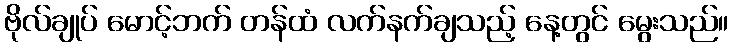
ဗိုလ်ချုပ် မောင့်ဘက် တန်ထံ လက်နက်ချသည့် နေ့တွင် မွေးသည်။